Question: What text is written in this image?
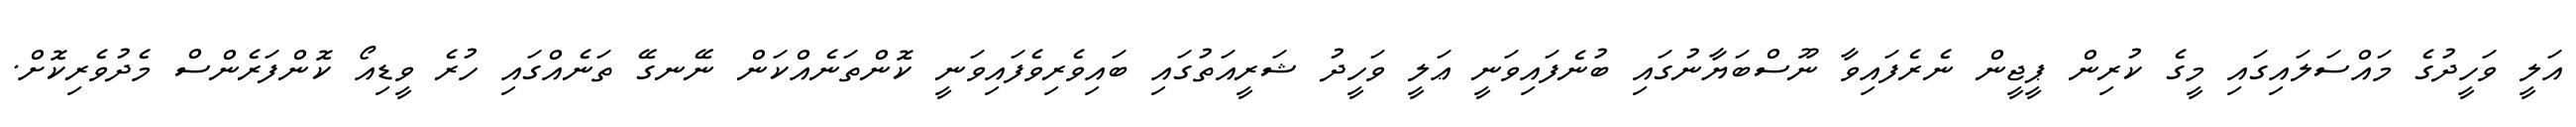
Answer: އަލީ ވަހީދުގެ މައްސަލައިގައި މީގެ ކުރިން ޕީޖީން ނެރެފައިވާ ނޫސްބަޔާނުގައި ބުނެފައިވަނީ ޢަލީ ވަހީދު ޝަރީއަތުގައި ބައިވެރިވެފައިވަނީ ކޮންތަނެއްކަން ނޭނގޭ ތަނެއްގައި ހުރެ ވީޑިއޯ ކޮންފަރެންސް މެދުވެރިކޮށް.